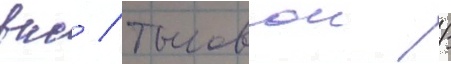
вкс / тыловои /